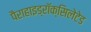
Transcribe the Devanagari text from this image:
पैराहाइड्रॉक्सिलेटेड